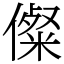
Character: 儏